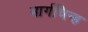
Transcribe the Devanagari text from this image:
मार्गचिन्ह